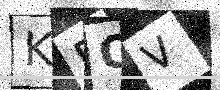
Text: KPOV